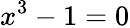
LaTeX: x^{3}-1=0